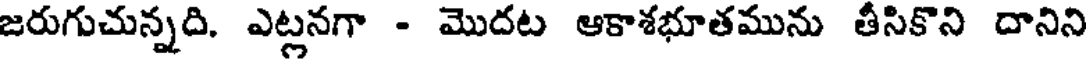
జరుగుచున్నది. ఎట్లనగా - మొదట ఆకాశభూతమును తీసికొని దానిని